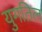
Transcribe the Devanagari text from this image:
युगतिल